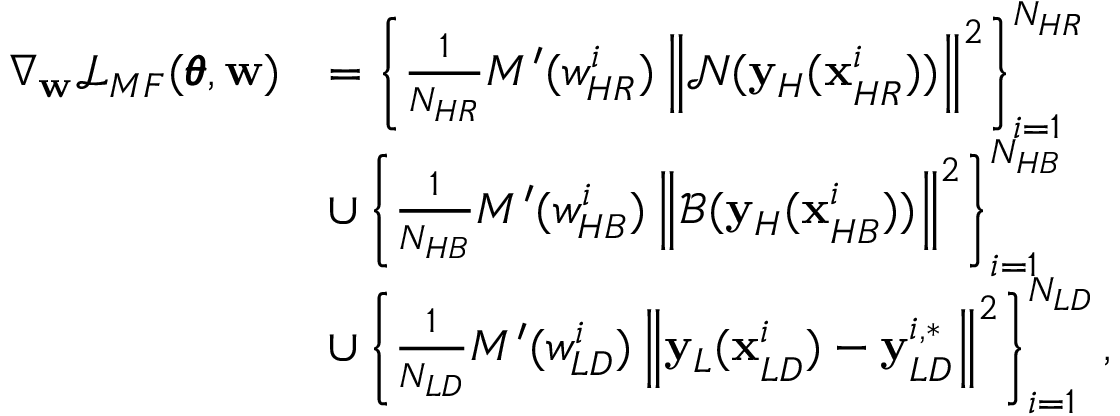
\begin{array} { r l } { \nabla _ { \mathbf { w } } \mathcal { L } _ { M F } ( \pmb { \theta } , \mathbf { w } ) } & { = \left\{ \frac { 1 } { N _ { H R } } { M ^ { \prime } ( w _ { H R } ^ { i } ) \left\| \mathcal { N } ( \mathbf { y } _ { H } ( \mathbf { x } _ { H R } ^ { i } ) ) \right\| ^ { 2 } } \right\} _ { i = 1 } ^ { N _ { H R } } } \\ & { \cup \left\{ \frac { 1 } { N _ { H B } } { M ^ { \prime } ( w _ { H B } ^ { i } ) \left\| \mathcal { B } ( \mathbf { y } _ { H } ( \mathbf { x } _ { H B } ^ { i } ) ) \right\| ^ { 2 } } \right\} _ { i = 1 } ^ { N _ { H B } } } \\ & { \cup \left\{ \frac { 1 } { N _ { L D } } { M ^ { \prime } ( w _ { L D } ^ { i } ) \left\| \mathbf { y } _ { L } ( \mathbf { x } _ { L D } ^ { i } ) - \mathbf { y } _ { L D } ^ { i , * } \right\| ^ { 2 } } \right\} _ { i = 1 } ^ { N _ { L D } } , } \end{array}